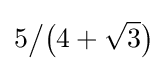
5{\big /}{\bigl (}4+{\sqrt {3}}{\bigr )}